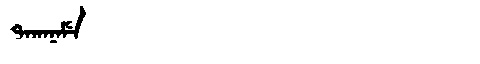
Manchu: ᡨᠠᡴᠠᠨᠠᠮᡝ
Romanization: TAKANAME